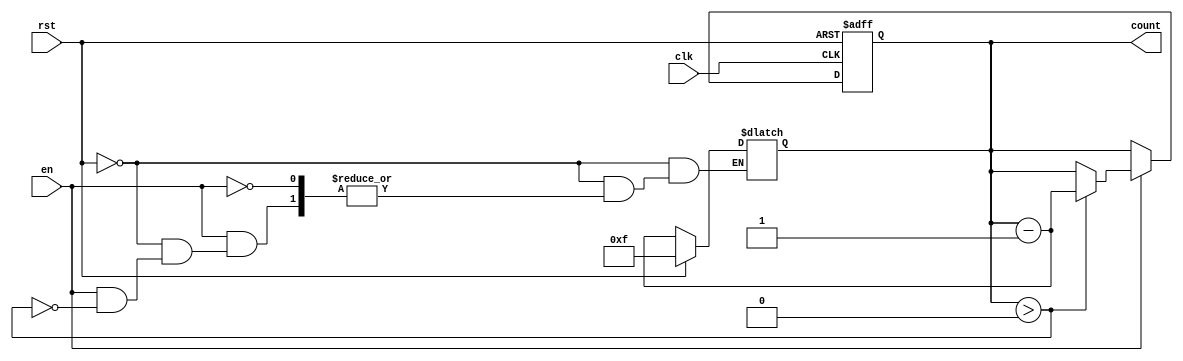
module decremental_counter #(
    parameter WIDTH = 4,         // Bit width of the counter
    parameter MAX_COUNT = 15     // Maximum count value (all bits set)
)(
    input wire clk,              // Clock signal
    input wire rst,              // Asynchronous reset signal
    input wire en,               // Enable signal
    output reg [WIDTH-1:0] count // Current count value
);

    // Asynchronous reset logic
    always @(*) begin
        if (rst) begin
            count = MAX_COUNT;   // Reset count to maximum value
        end else if (en) begin
            // Decrement logic
            if (count > 0) begin
                count = count - 1; // Decrement count if it is greater than 0
            end
        end
    end

    // Synchronous reset and counting logic
    always @(posedge clk or posedge rst) begin
        if (rst) begin
            count <= MAX_COUNT;    // Reset count to maximum value
        end else if (en) begin
            if (count > 0) begin
                count <= count - 1; // Decrement count if it is greater than 0
            end
        end
    end

endmodule